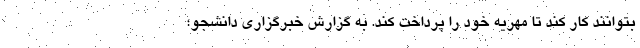
بتوانند کار کند تا مهریه خود را پرداخت کند. به گزارش خبرگزاری دانشجو؛